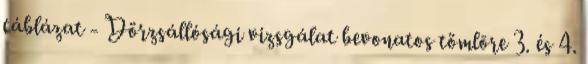
táblázat - Dörzsállósági vizsgálat bevonatos tömlõre 3. és 4.